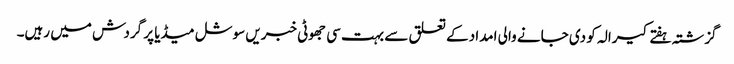
گزشتہ ہفتے کیرالہ کو دی جانے والی امداد کے تعلق سے بہت سی جھوٹی خبریں سوشل میڈیا پر گردش میں رہیں۔